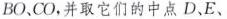
BO、CO，并取它们的中点D、E、